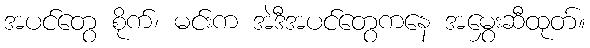
အပင်တွေ စိုက်၊ မင်းက အဲဒီအပင်တွေကနေ အမွှေးဆီထုတ်။